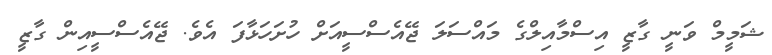
ޝަމީމް ވަނީ ގާޒީ އިސްމާއިލްގެ މައްސަލަ ޖޭއެސްސީއަށް ހުށަހަޅާފަ އެވެ. ޖޭއެސްސީއިން ގާޒީ